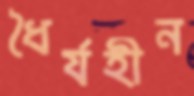
ধৈর্যহীন